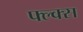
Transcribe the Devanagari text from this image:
फ्ल्क्स